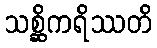
သစ္ဆိကရိဿတိ